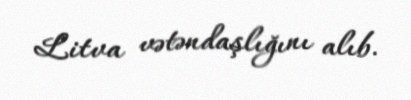
Litva vətəndaşlığını alıb.